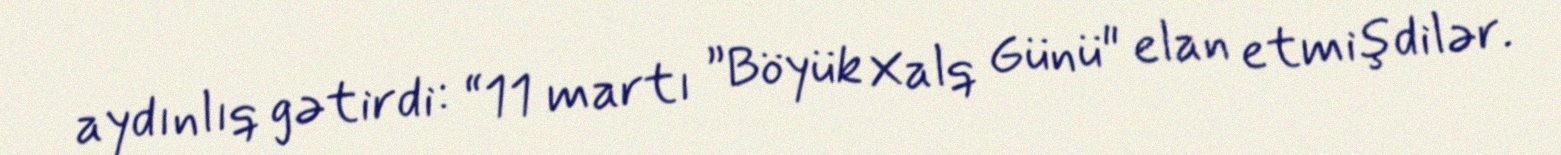
aydınlıq gətirdi: “11 martı ”Böyük Xalq Günü" elan etmişdilər.